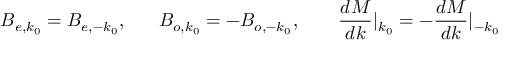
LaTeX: B _ { e , k _ { 0 } } = B _ { e , - k _ { 0 } } , ~ ~ ~ ~ ~ B _ { o , k _ { 0 } } = - B _ { o , - k _ { 0 } } , ~ ~ ~ ~ ~ ~ \frac { d M } { d k } | _ { k _ { 0 } } = - \frac { d M } { d k } | _ { - k _ { 0 } }